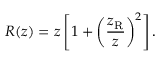
R ( z ) = z \left[ { 1 + { \left( { \frac { z _ { \mathrm { R } } } { z } } \right) } ^ { 2 } } \right] .